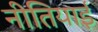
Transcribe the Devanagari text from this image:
नीतियाई